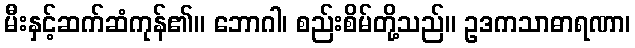
မီးနှင့်ဆက်ဆံကုန်၏။ ဘောဂါ၊ စည်းစိမ်တို့သည်။ ဥဒကသာဓာရဏာ၊